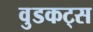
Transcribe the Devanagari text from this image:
वुडकट्स